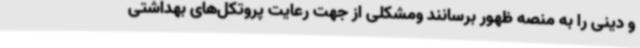
و دینی را به منصه ظهور برسانند ومشکلی از جهت رعایت پروتکل‌های بهداشتی